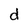
Character: d